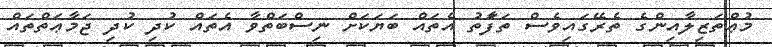
މުޢްތަޒިލާއިންގެ ތެރޭގައިވެސް ތަފަާތު އެތައް ބަޔަކަށް ނިސްބަތްވާ އެތައް ކުދި ކުދި ޖަމާޢަތްތައް